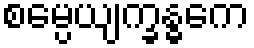
စမ္ပေယျက္ခန္ဓကေ